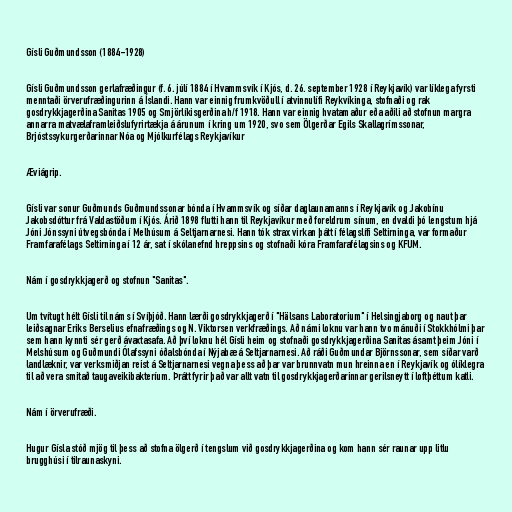
Gísli Guðmundsson (1884-1928)

Gísli Guðmundsson gerlafræðingur (f. 6. júlí 1884 í Hvammsvík í Kjós, d. 26. september 1928 í Reykjavík) var líklega fyrsti
menntaði örverufræðingurinn á Íslandi. Hann var einnig frumkvöðull í atvinnulífi Reykvíkinga, stofnaði og rak
gosdrykkjagerðina Sanitas 1905 og Smjörlíkisgerðina h/f 1918. Hann var einnig hvatamaður eða aðili að stofnun margra
annarra matvælaframleiðslufyrirtækja á árunum í kring um 1920, svo sem Ölgerðar Egils Skallagrímssonar,
Brjóstssykurgerðarinnar Nóa og Mjólkurfélags Reykjavíkur

Æviágrip.

Gísli var sonur Guðmunds Guðmundssonar bónda í Hvammsvík og síðar daglaunamanns í Reykjavík og Jakobínu
Jakobsdóttur frá Valdastöðum í Kjós. Árið 1898 flutti hann til Reykjavíkur með foreldrum sínum, en dvaldi þó lengstum hjá
Jóni Jónssyni útvegsbónda í Melhúsum á Seltjarnarnesi. Hann tók strax virkan þátt í félagslífi Seltirninga, var formaður
Framfarafélags Seltirninga í 12 ár, sat í skólanefnd hreppsins og stofnaði kóra Framfarafélagsins og KFUM.

Nám í gosdrykkjagerð og stofnun "Sanitas".

Um tvítugt hélt Gísli til náms í Svíþjóð. Hann lærði gosdrykkjagerð í "Hälsans Laboratorium" í Helsingjaborg og naut þar
leiðsagnar Eriks Berselius efnafræðings og N. Viktorsen verkfræðings. Að námi loknu var hann tvo mánuði í Stokkhólmi þar
sem hann kynnti sér gerð ávaxtasafa. Að því loknu hél Gísli heim og stofnaði gosdrykkjagerðina Sanitas ásamt þeim Jóni í
Melshúsum og Guðmundi Ólafssyni óðalsbónda í Nýjabæ á Seltjarnarnesi. Að ráði Guðmundar Björnssonar, sem síðar varð
landlæknir, var verksmiðjan reist á Seltjarnarnesi vegna þess að þar var brunnvatn mun hreinna en í Reykjavík og ólíklegra
til að vera smitað taugaveikibakteríum. Þrátt fyrir það var allt vatn til gosdrykkjagerðarinnar gerilsneytt í loftþéttum katli.

Nám í örverufræði.

Hugur Gísla stóð mjög til þess að stofna ölgerð í tengslum við gosdrykkjagerðina og kom hann sér raunar upp litlu
brugghúsi í tilraunaskyni.